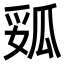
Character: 㼏